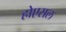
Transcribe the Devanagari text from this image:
होएसल